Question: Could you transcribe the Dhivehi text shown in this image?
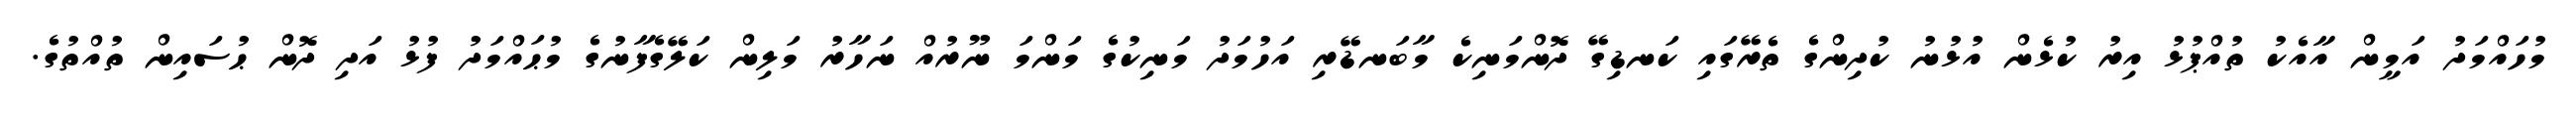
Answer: މުހައްމަދު އަމީން އާއެކު ތުއްޕުޅު އިރު ކުޅެން އުޅުނު ކުދިންގެ ތެރޭގައި ކަނޑިގޭ ދޮންމަނިކެ މާބަނޑޭރި އަހުމަދު މަނިކުގެ މަންމަ ނޫރުއް ނަހާރު މަލިން ކަލޭގެފާނުގެ މުޙައްމަދު ފުޅު އަދި ދޮން ޙުސައިން ތުއްތުގެ.